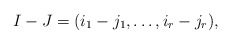
\begin{align*}I-J=(i_1-j_1,\dots,i_r-j_r),\end{align*}